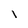
Character: I